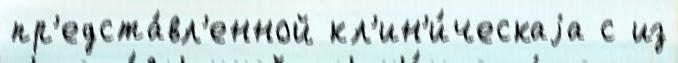
пр'едста́вл'енной кл'ин'и́ческаjа с из